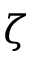
\zeta